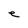
Character: e